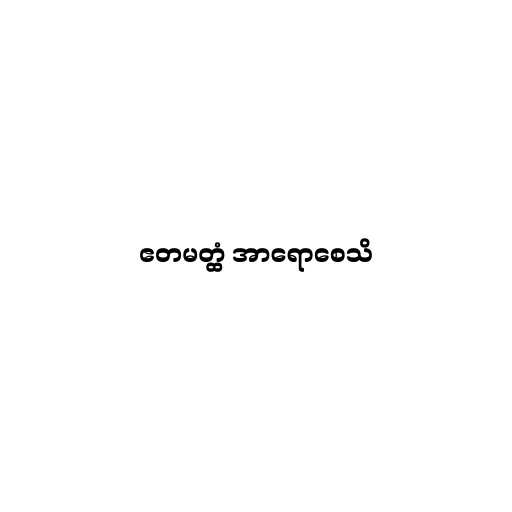
ဧတမတ္ထံ အာရောစေသိ